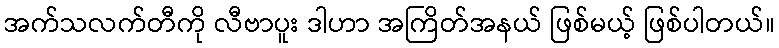
အက်သလက်တီကို လီဗာပူး ဒါဟာ အကြိတ်အနယ် ဖြစ်မယ့် ဖြစ်ပါတယ်။